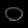
Digit: ၀